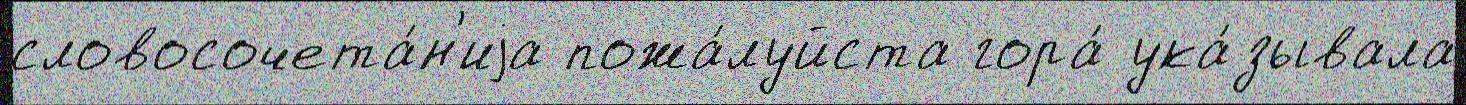
словосочета́н'иjа пожа́луйста гора́ ука́зывала